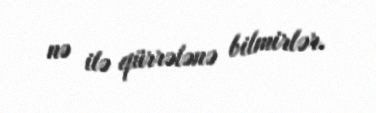
nə ilə qürrələnə bilmirlər.